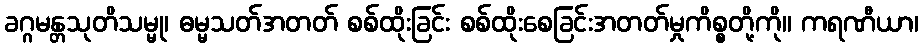
ခဂ္ဂမန္တသုတိသမ္မု၊ ဓမ္မသတ်အတတ် စစ်ထိုးခြင်း စစ်ထိုးစေခြင်းအတတ်မှုကိစ္စတို့ကို။ ကရဏီယာ၊